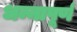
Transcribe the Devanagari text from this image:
धन्नापूर्ण